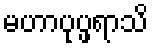
မဟာပုပ္ဖရာသိ